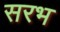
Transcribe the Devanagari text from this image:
सरभ